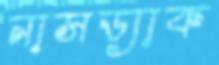
নাসড্যাক